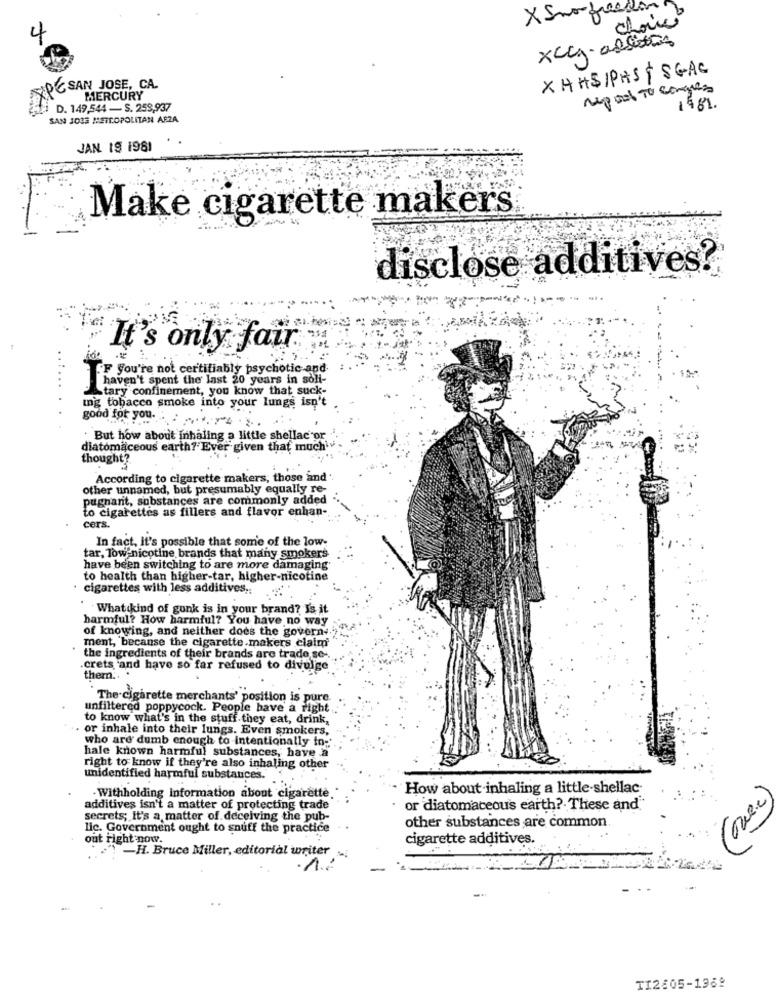
choice
xccy allerton
XHHS/PAST SGAE
AXPC SAN JOSE, CA.
MERCURY
D. 149,544 - S. 259,937
1981.
SAN JO33 METROPOLITAN AFZA
JAN 19 1981
Make cigarette makers
disclose additives?
It's only fair
F you're not certifiably psychotic and
haven't spent the last 20 years in soli-
Stary confinement, you know that suck-
ing tobacco smoke into your lungs isn't
good for you. :
: But how about inhaling a little shellac or
diatomaceous earth?'Ever given that much'
thought?
According to cigarette makers, those and
other unnamed, but presumably equally re-
pugnant, substances are commonly added
to cigarettes as fillers and flavor enhan-
cers.
In fact, it's possible that some of the low-
tar, Tow nicotine brands that many smokers
have been switching to are more damaging
to health than higher-tar, higher-nicotine
cigarettes with less additives ..
What kind of gunk is in your brand? Is it
harmful? How harmful? You have no way
of knowing, and neither does the governe."
ment, because the cigarette makers claim
the ingredients of their brands are trade se-
.crets and have so far refused to divulge
them ...
The cigarette merchants' position is pure
unfiltered poppycock. People have a right
to know what's in the stuff they eat, drink,
. or inhale into their lungs. Even smokers,
who are dumb enough to intentionally io-'
hale known harmful substances, have a
right to know if they're also inhaling other
unidentified harmful substances.
How about inhaling a little-shellac-
· Withholding Information about cigarette
(one.)
additives isn't a matter of protecting trade
or diatomaceous earth ?. These and
secrets; It's a matter of deceiving the pub-
lic. Government ought to snuff the practice
other substances are common.
out Fight now.
cigarette additives.
-H. Bruce Miller, editorial writer
TI2605-1969